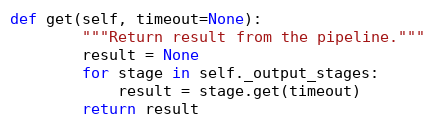
Language: Python
def get(self, timeout=None):
        """Return result from the pipeline."""
        result = None
        for stage in self._output_stages:
            result = stage.get(timeout)
        return result